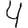
Digit: 4